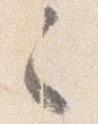
之